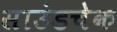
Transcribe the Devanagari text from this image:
साउंडचेक